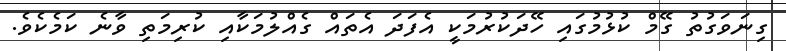
ގިނަވަގުތު ގޭމް ކުޅުމުގައި ހޭދަކުރުމަކީ އެފަދަ އެތައް ގެއްލުމަކާއި ކުރިމަތި ވާނެ ކަމެކެވެ.